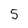
Character: 5